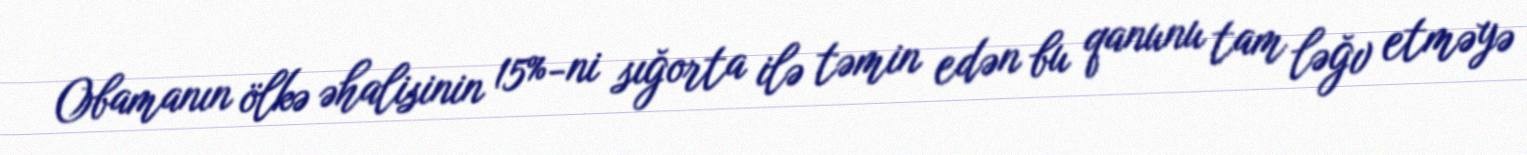
Obamanın ölkə əhalisinin 15%-ni sığorta ilə təmin edən bu qanunu tam ləğv etməyə